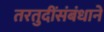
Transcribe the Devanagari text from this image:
तरतुदींसंबंधाने